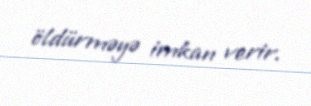
öldürməyə imkan verir.